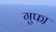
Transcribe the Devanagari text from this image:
गुफा़